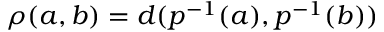
\rho ( a , b ) = d ( p ^ { - 1 } ( a ) , p ^ { - 1 } ( b ) )